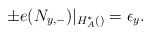
\begin{align*}\pm e(N_{y,-})|_{H_A^*()}=\epsilon_y.\end{align*}